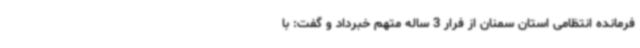
فرمانده انتظامی استان سمنان از فرار 3 ساله متهم خبرداد و گفت: با